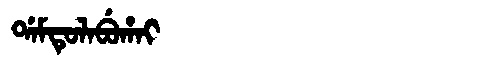
Manchu: ᡩᠠᠮᡨᡠᠯᠠᠪᡠᡥᠠᡳ
Romanization: DAMTULABUHAI